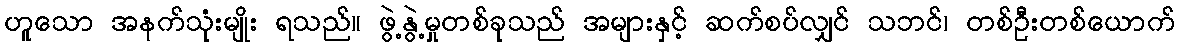
ဟူသော အနက်သုံးမျိုး ရသည်။ ဖွဲ့နွဲ့မှုတစ်ခုသည် အများနှင့် ဆက်စပ်လျှင် သဘင်၊ တစ်ဦးတစ်ယောက်